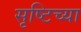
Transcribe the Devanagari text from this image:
सृष्टिच्या